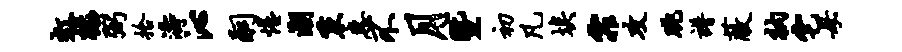
虹禄弼拾涛沁嗣惺潮秉惠不月暨初凡埃霏攻眺谱蔽衲宅母